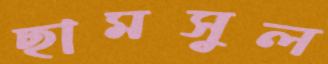
ছামসুল